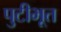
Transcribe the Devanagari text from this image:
पुटीभूत